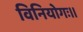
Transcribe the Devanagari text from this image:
विनियोगः॥